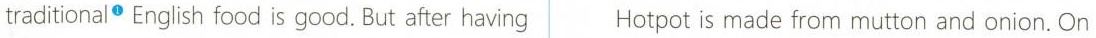
traditional English food is good. But after having Hotpot is made from mutton and onion.On